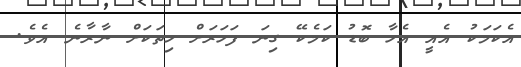
އެކަމަކު އެއީ އެހާ ބޮޑު ކަމެކޭ ގިނަ ފަހަރަށް ހިތަކަށް ނާރާނެ އެވެ.